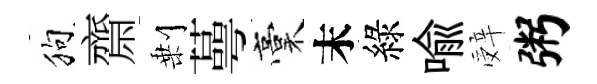
狗齋剰蕚稾末綠喩辤粥